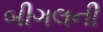
બીગલની